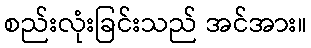
စည်းလုံးခြင်းသည် အင်အား။